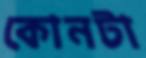
কোনটা